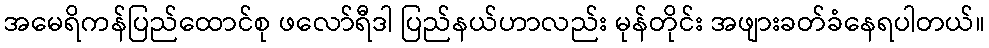
အမေရိကန်ပြည်ထောင်စု ဖလော်ရီဒါ ပြည်နယ်ဟာလည်း မုန်တိုင်း အဖျားခတ်ခံနေရပါတယ်။